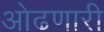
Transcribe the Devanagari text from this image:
ओढणारी